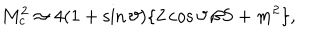
M _ { c } ^ { 2 } \approx 4 ( 1 + \sin \vartheta ) \{ 2 \cos \vartheta \, \beta S + m ^ { 2 } \} ,